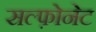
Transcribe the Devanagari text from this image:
सल्फ़ोनेट